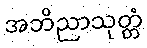
အဘိညာသုတ္တံ